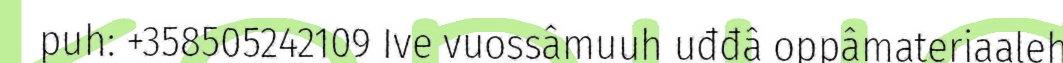
puh: +358505242109 Ive vuossâmuuh uđđâ oppâmateriaaleh